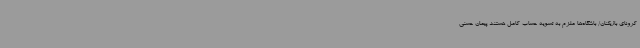
کرونای بازیکنان/ باشگاه‌ها ملزم به تسویه حساب کامل هستند پیمان حسنی